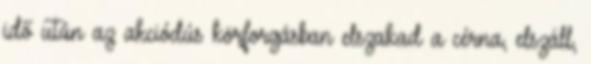
idő után az akciódús körforgásban elszakad a cérna, elszáll,